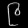
Digit: ၉